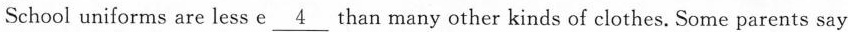
School uniforms are less e\underline{4} than many other kinds of clothes. Some parents say